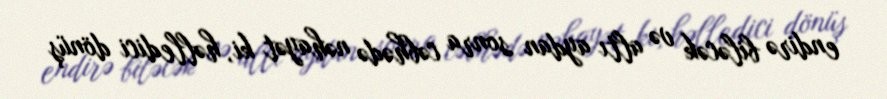
endirə biləcək və altı aydan sonra cəbhədə nəhayət ki, həlledici dönüş